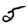
Digit: 5